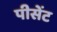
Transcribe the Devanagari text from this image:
पीसेंट